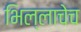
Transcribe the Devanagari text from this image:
भिल्लाचेच